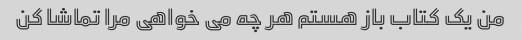
من یک کتاب باز هستم هر چه می خواهی مرا تماشا کن